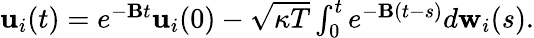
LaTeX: \begin{array}{r}{{\mathbf{u}}_{i}(t)=e^{{-\mathbf B}t}{\mathbf{u}}_{i}(0)-\sqrt{\kappa T}\int_{0}^{t}e^{{-\mathbf B}(t-s)}d{\mathbf w}_{i}(s).}\end{array}